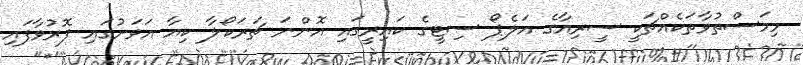
މިމަސްތުވާތަކެއްޗަކީ ސީރިއާގެ އަލެޕޯ ސިޓީގެ ކައިރީގައި އޮންނަ ޗަރަކޯލާ ކިޔާ އަވަށުގައި ފޮރުވާފައި